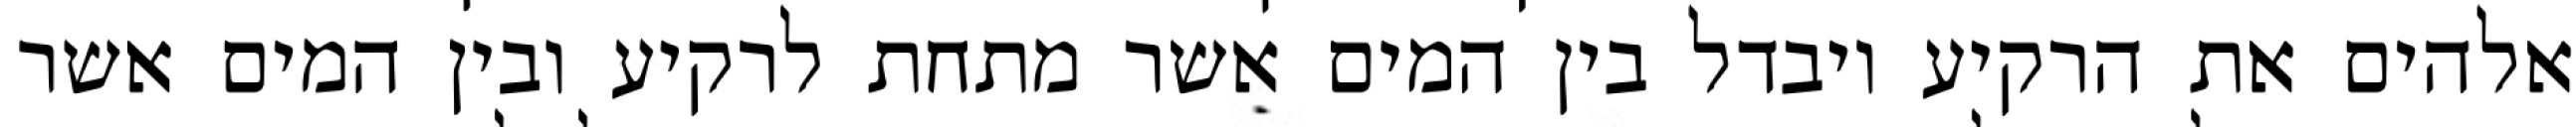
אלהים את הרקיע ויבדל בין המים אשר מתחת לרקיע ובין המים אשר